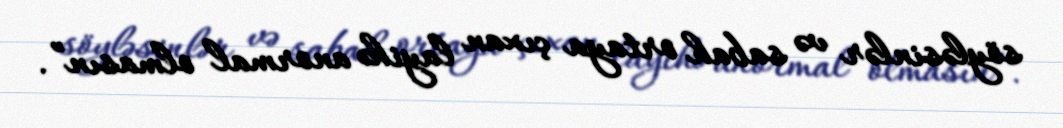
söyləsinlər və sabah ortaya çıxan layihə anormal olmasın”.